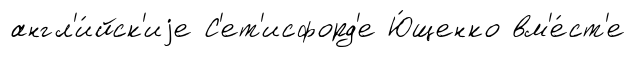
англ'и́йск'иjе С'ет'исфорд'е Ю́щенко вм'е́ст'е